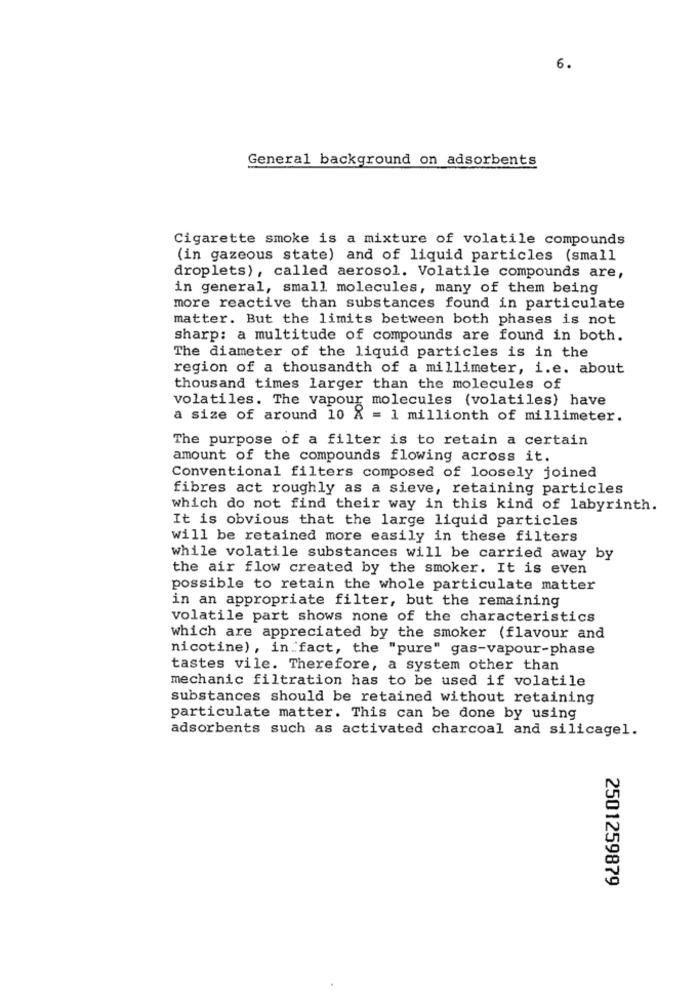
6.
General background on adsorbents
Cigarette smoke is a mixture of volatile compounds
(in gazeous state) and of liquid particles (small
droplets), called aerosol. Volatile compounds are,
in general, small molecules, many of them being
more reactive than substances found in particulate
matter. But the limits between both phases is not
sharp: a multitude of compounds are found in both.
The diameter of the liquid particles is in the
region of a thousandth of a millimeter, i.e. about
thousand times larger than the molecules of
volatiles. The vapour molecules (volatiles) have
a size of around 10 A = 1 millionth of millimeter.
The purpose of a filter is to retain a certain
amount of the compounds flowing across it.
Conventional filters composed of loosely joined
fibres act roughly as a sieve, retaining particles
which do not find their way in this kind of labyrinth.
It is obvious that the large liquid particles
will be retained more easily in these filters
while volatile substances will be carried away by
the air flow created by the smoker. It is even
possible to retain the whole particulate matter
in an appropriate filter, but the remaining
volatile part shows none of the characteristics
which are appreciated by the smoker (flavour and
nicotine), in fact, the "pure" gas-vapour-phase
tastes vile. Therefore, a system other than
mechanic filtration has to be used if volatile
substances should be retained without retaining
particulate matter. This can be done by using
adsorbents such as activated charcoal and silicagel.
2501259879